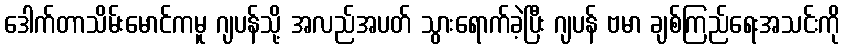
ဒေါက်တာသိမ်းမောင်ကမူ ဂျပန်သို့ အလည်အပတ် သွားရောက်ခဲ့ပြီး ဂျပန် ဗမာ ချစ်ကြည်ရေးအသင်းကို